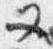
又